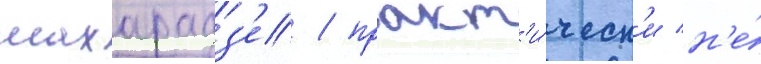
махарадз'е / практ'и́ческ'и н'е́